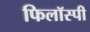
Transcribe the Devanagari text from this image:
फिलॉस्पी